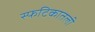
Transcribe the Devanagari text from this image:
स्फटिकातली